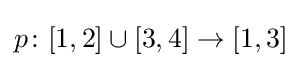
p\colon [1,2]\cup [3,4]\to [1,3]